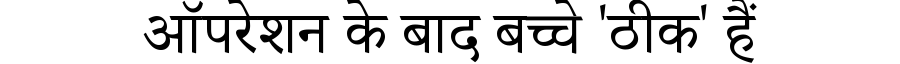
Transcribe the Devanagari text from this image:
ऑपरेशन के बाद बच्चे 'ठीक' हैं